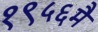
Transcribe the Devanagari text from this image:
१९५६मै